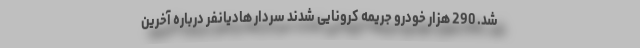
شد. 290 هزار خودرو جریمه کرونایی شدند سردار هادیانفر درباره آخرین